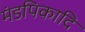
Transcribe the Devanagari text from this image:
मंडपिकादि